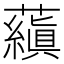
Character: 𬟕